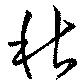
秋